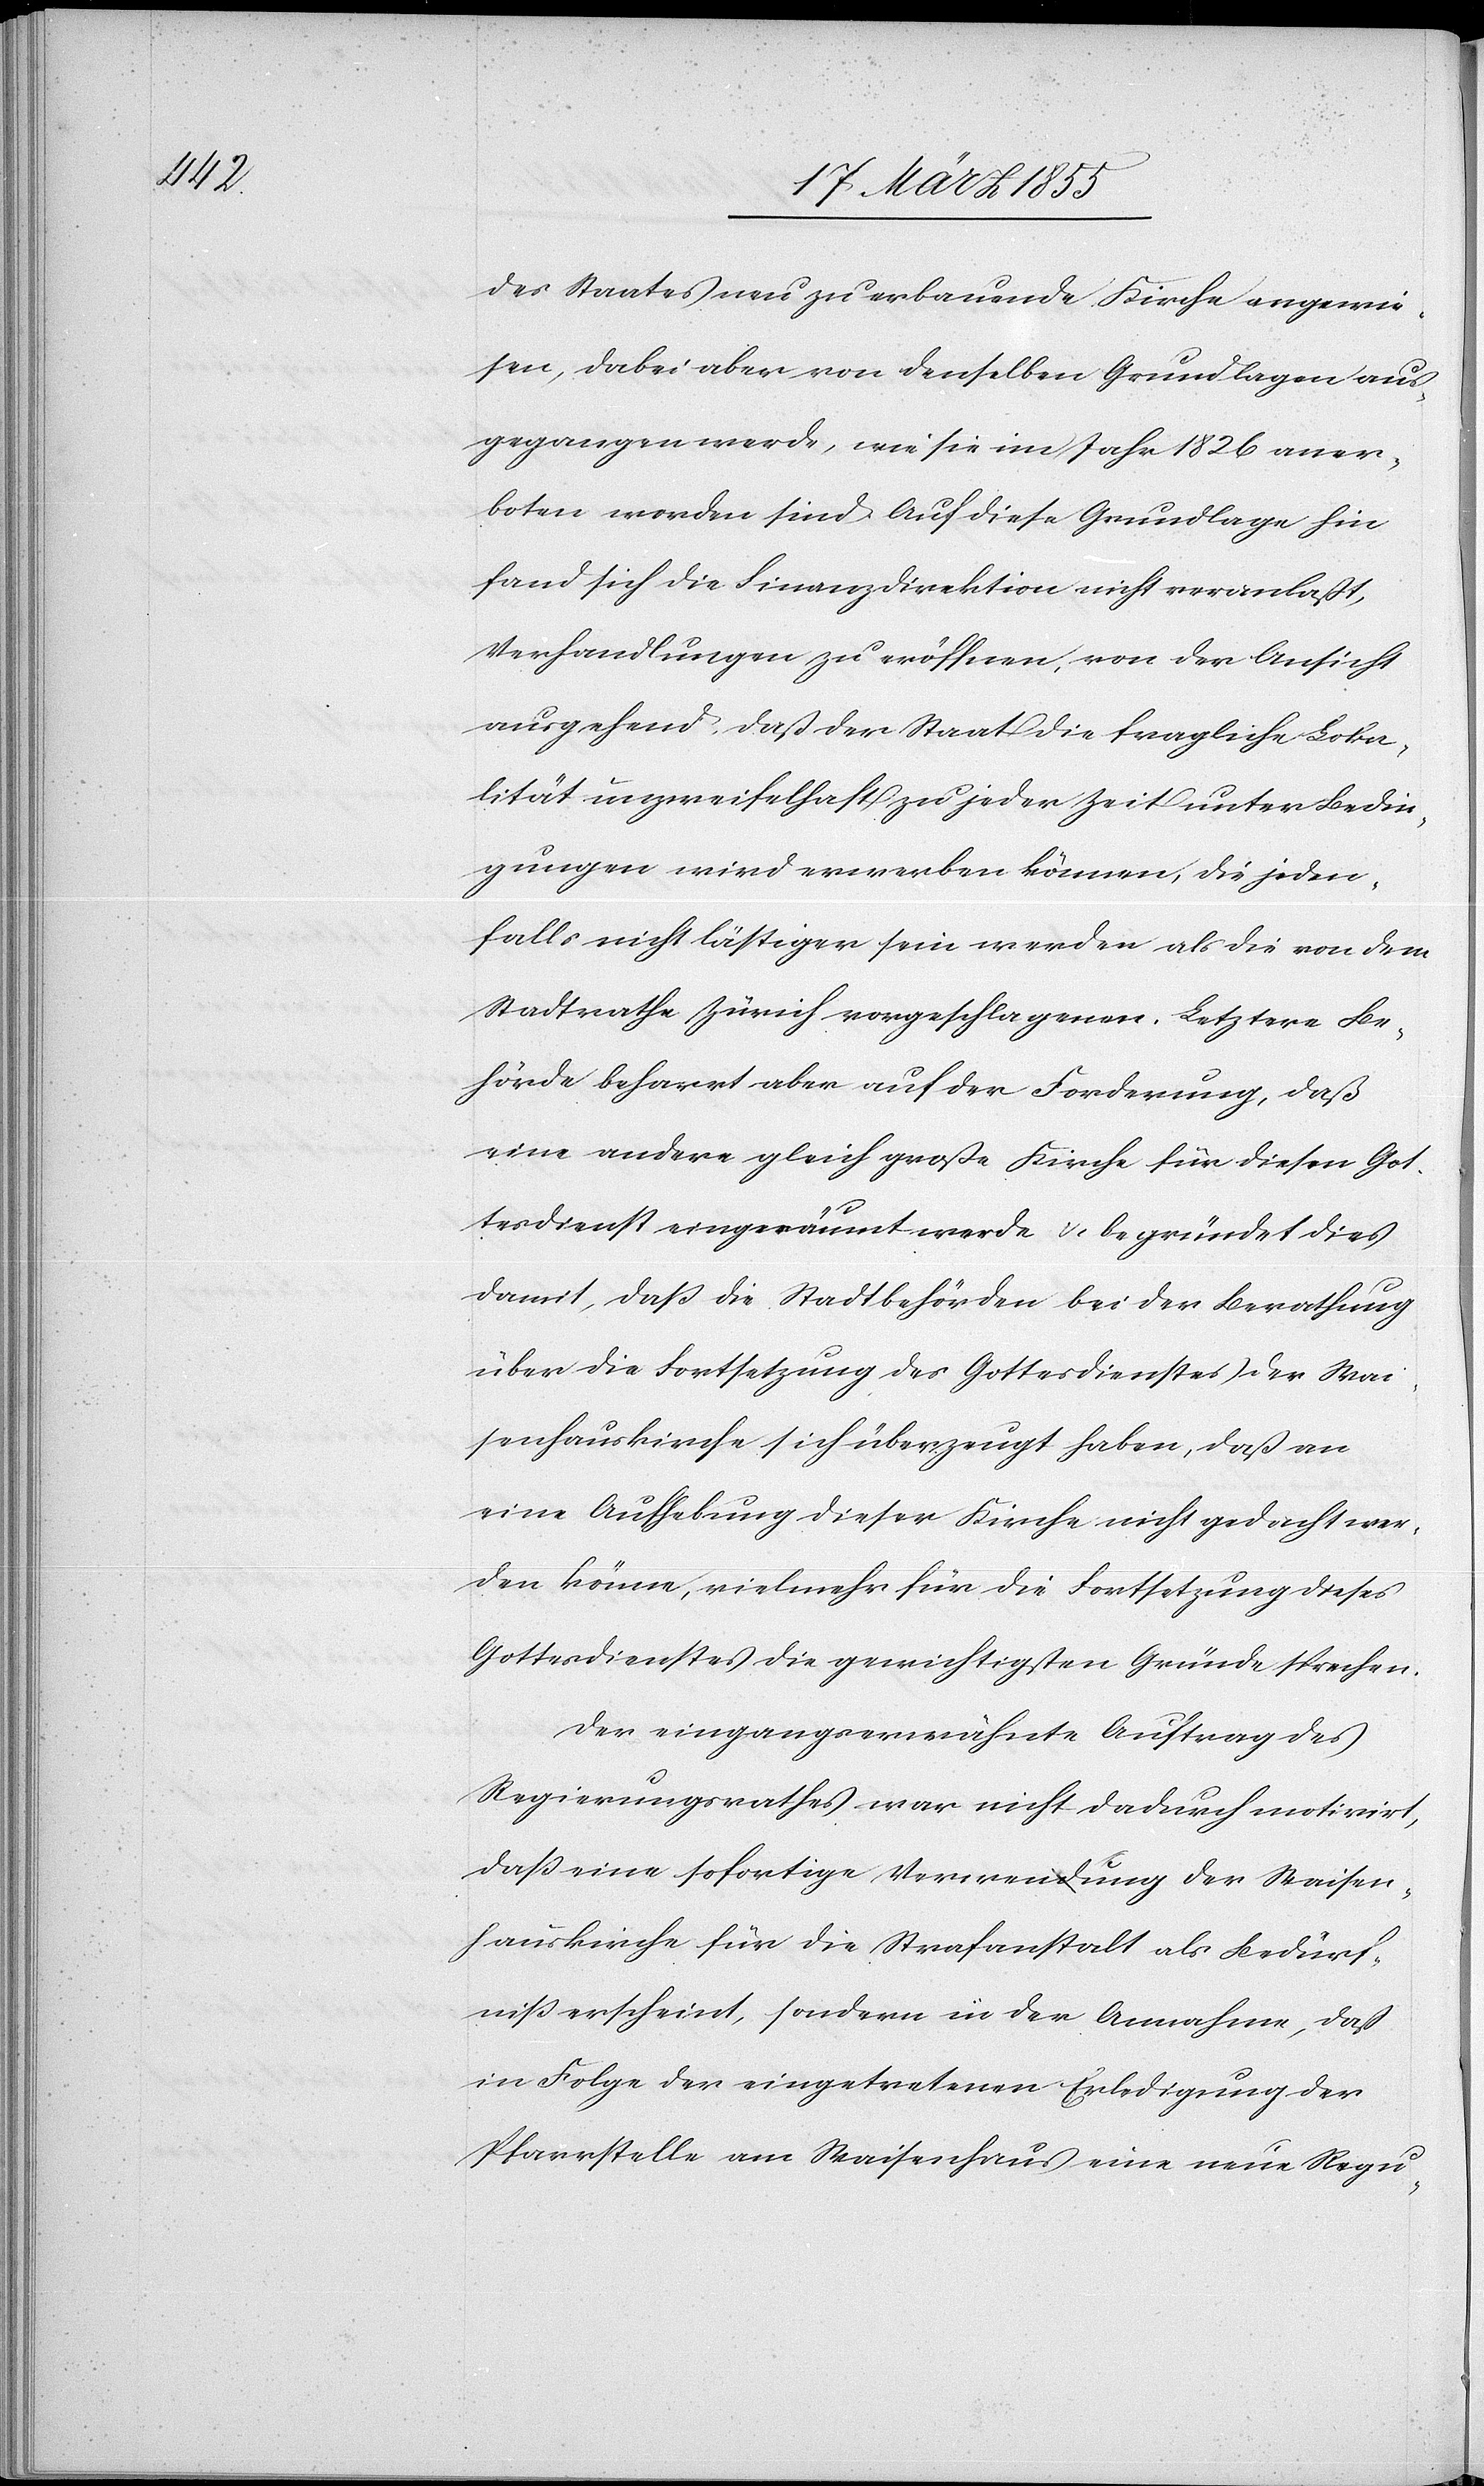
des Staates neu zu erbauende Kirche angewie¬
sen, dabei aber von denselben Grundlagen aus¬
gegangen werde, wie sie im Jahr 1826 aner¬
boten worden sind. Auf diese Grundlage hin
fand sich die Finanzdirektion nicht veranlaßt,
Verhandlungen zu eröffnen, von der Ansicht
ausgehend, daß der Staat die fragliche Loka¬
lität unzweifelhaft zu jeder Zeit unter Bedin¬
gungen wird erwerben können, die jeden¬
falls nicht lästiger sein werden als die von dem
Stadtrathe Zürich vorgeschlagenen. Letztere Be¬
hörde beharrt aber auf der Forderung, daß
eine andere gleich große Kirche für diesen Got¬
tesdienst eingeräumt werde & begründet dies
damit, daß die Stadtbehörden bei der Berathung
über die Fortsetzung des Gottesdienstes der Wai¬
senhauskirche sich überzeugt haben, daß an
eine Aufhebung dieser Kirche nicht gedacht wer¬
den könne, vielmehr für die Fortsetzung dieses
Gottesdienstes die gewichtigsten Gründe sprechen.
Der eingangserwähnte Auftrag des
Regierungsrathes war nicht dadurch motivirt,
daß eine sofortige Verwendung der Waisen¬
hauskirche für die Strafanstalt als Bedürf¬
niß erscheint, sondern in der Annahme, daß
in Folge der eingetretenen Erledigung der
Pfarrstelle am Waisenhaus eine neue Regu-